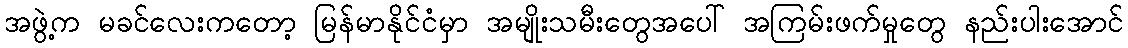
အဖွဲ့က မခင်လေးကတော့ မြန်မာနိုင်ငံမှာ အမျိုးသမီးတွေအပေါ် အကြမ်းဖက်မှုတွေ နည်းပါးအောင်